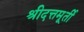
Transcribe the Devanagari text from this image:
श्रीदत्तमूर्ती